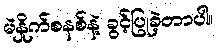
မဲနှိုက်စနစ်နဲ့ ခွင့်ပြုခဲ့တာပါ။